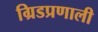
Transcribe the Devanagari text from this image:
ग्रिडप्रणाली